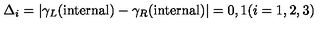
\Delta _ { i } = \vert \gamma _ { L } ( \mathrm { i n t e r n a l } ) - \gamma _ { R } ( \mathrm { i n t e r n a l } ) \vert = 0 , 1 ( i = 1 , 2 , 3 )